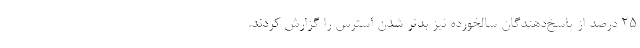
۲۵ درصد از پاسخ‌دهندگان سالخورده نیز بدتر شدن استرس را گزارش کردند.